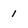
Character: 1